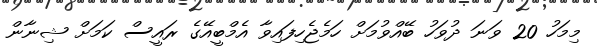
މިމަހު 20 ވަނަ ދުވަހު ބޭއްވުމަށް ހަމެޖެހިފައިވާ އެމްބީއޭގެ ރައީސް ކަމަށް ޝިނާން